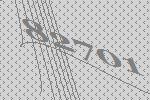
82701